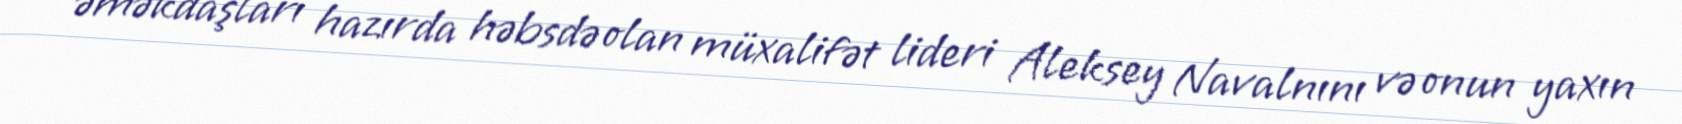
əməkdaşları hazırda həbsdə olan müxalifət lideri Aleksey Navalnını və onun yaxın